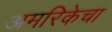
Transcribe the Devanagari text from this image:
अमरिकेचा